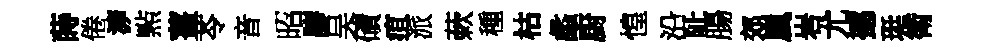
蒔倦㴑㸃薑苓音昭膠吴磧疽派蔌種枯蠡厨惶沿阯腸郊嵐岩尤撼珽衛